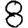
Digit: 8